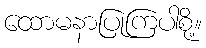
ထောမနာပြုကြပါစို့။